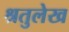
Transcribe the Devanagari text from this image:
श्रतुलेख